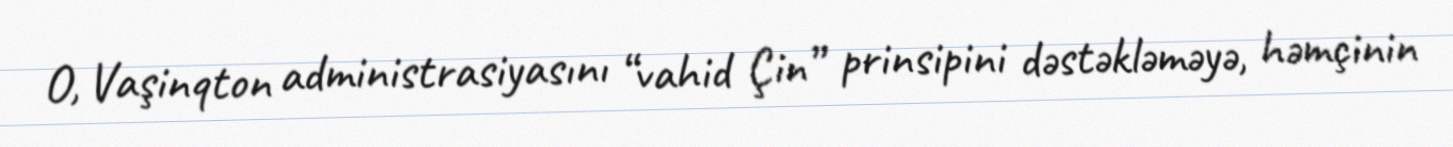
O, Vaşinqton administrasiyasını “vahid Çin” prinsipini dəstəkləməyə, həmçinin